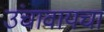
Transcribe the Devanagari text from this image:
उंचावायचा